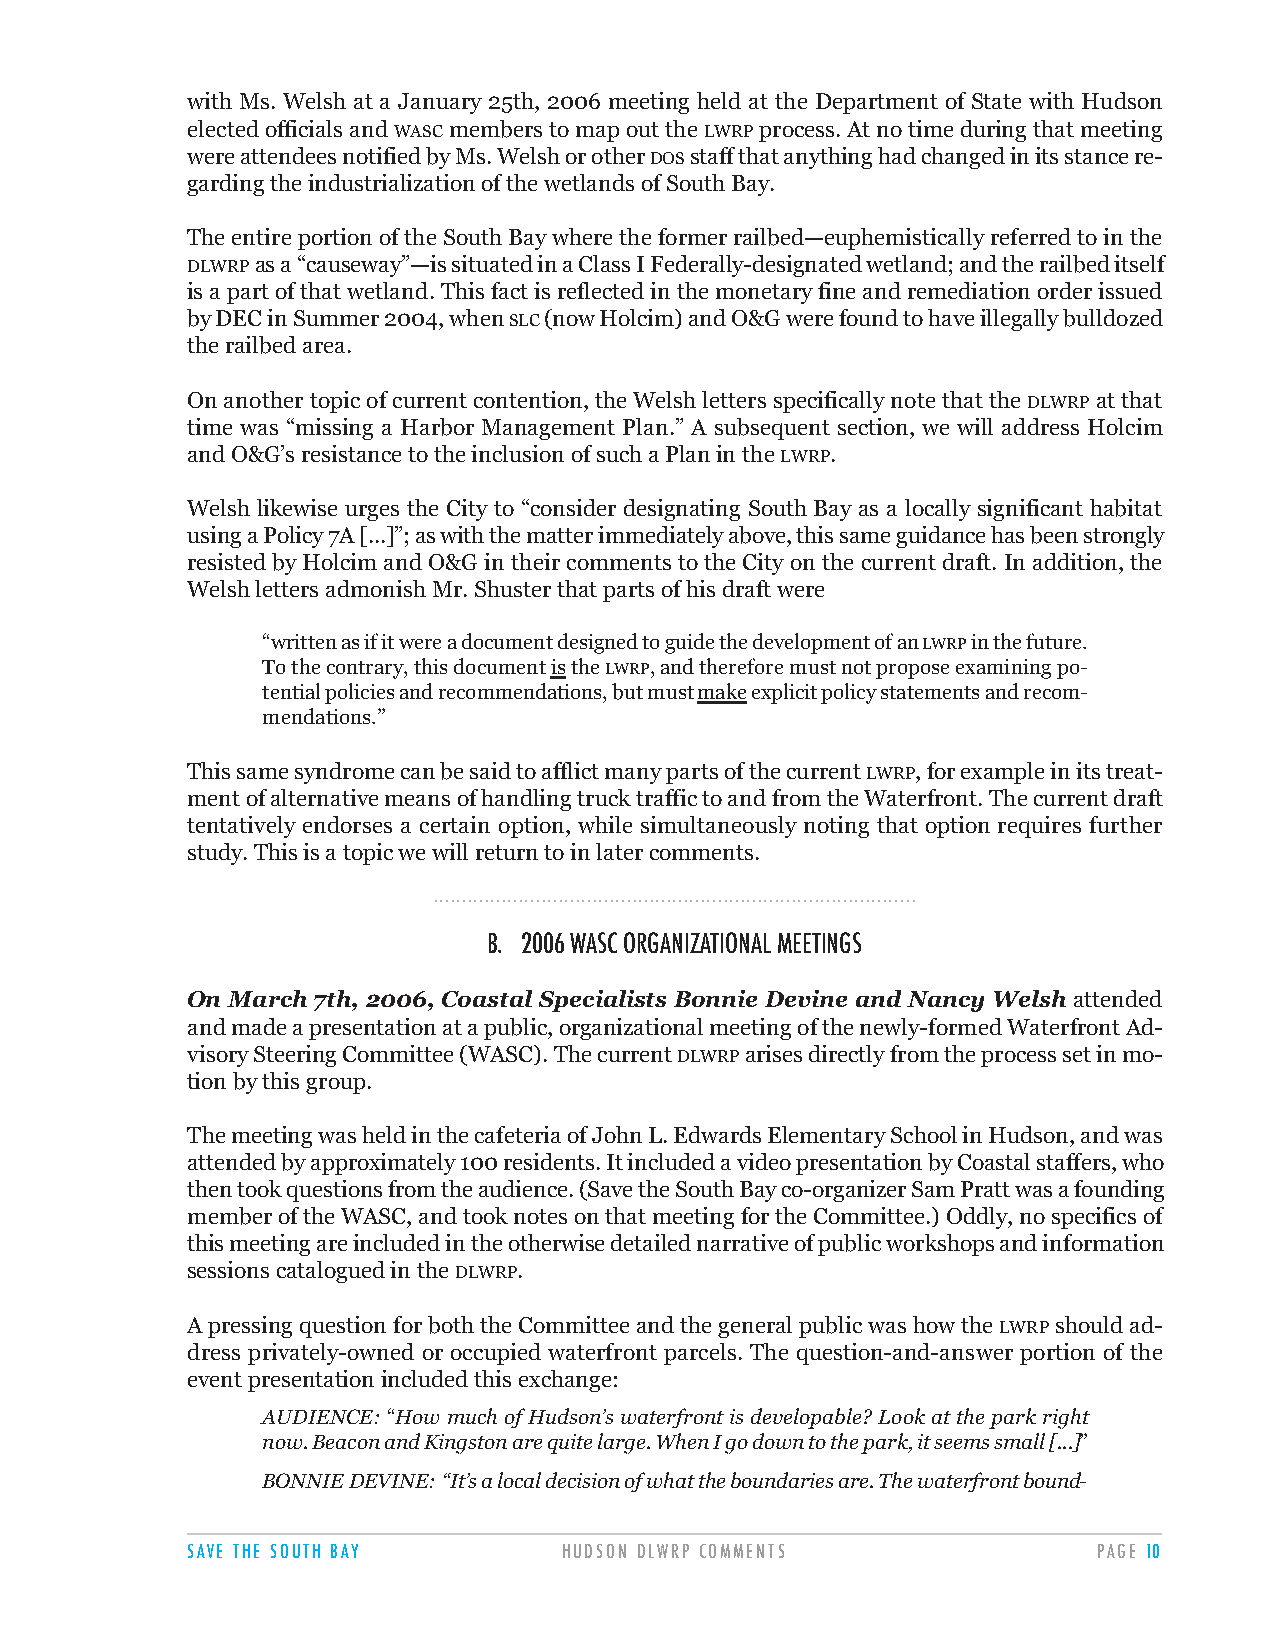
with Ms. Welsh at a January 25th, 2006 meeting held at the Department of State with Hudson
 elected officials andWASCmembers to map out the LWRPprocess. At no time during that meeting
 were attendees notified by Ms. Welsh or otherDOSstaff that anything had changed in its stance re-
 garding the industrialization of the wetlands of South Bay.
 The entire portion of the South Bay where the former railbed—euphemistically referred to in the
 DLWRPas a “causeway”—is situated in a Class I Federally-designated wetland; and the railbed itself
 is a part of that wetland. This fact is reflected in the monetary fine and remediation order issued
 by DEC in Summer 2004, whenSLC(now Holcim) and O&G were found to have illegally bulldozed
 the railbed area.
 On another topic of current contention, the Welsh letters specifically note that the DLWRPat that
 time was “missing a Harbor Management Plan.” A subsequent section, we will address Holcim
 and O&G’s resistance to the inclusion of such a Plan in the LWRP.
 Welsh likewise urges the City to “consider designating South Bay as a locally significant habitat
 using a Policy 7A [...]”; as with the matter immediately above, this same guidance has been strongly
 resisted by Holcim and O&G in their comments to the City on the current draft. In addition, the
 Welsh letters admonish Mr. Shuster that parts of his draft were
 “written as if it were a document designed to guide the development of an LWRPin the future.
 To the contrary, this document isthe LWRP,and therefore must not propose examining po-
 tential policies and recommendations, but must makeexplicit policy statements and recom-
 mendations.”
 This same syndrome can be said to afflict many parts of the current LWRP, for example in its treat-
 ment of alternative means of handling truck traffic to and from the Waterfront. The current draft
 tentatively endorses a certain option, while simultaneously noting that option requires further
 study. This is a topic we will return to in later comments.
 .....................................................................................
 B. 2006 WASC ORGANIZATIONAL MEETINGS
 On March 7th, 2006, Coastal Specialists Bonnie Devine and Nancy Welsh attended
 and made a presentation at a public, organizational meeting of the newly-formed Waterfront Ad-
 visory Steering Committee (WASC). The current DLWRParises directly from the process set in mo-
 tion by this group.
 The meeting was held in the cafeteria of John L. Edwards Elementary School in Hudson, and was
 attended by approximately 100 residents. It included a video presentation by Coastal staffers, who
 then took questions from the audience. (Save the South Bay co-organizer Sam Pratt was a founding
 member of the WASC, and took notes on that meeting for the Committee.) Oddly, no specifics of
 this meeting are included in the otherwise detailed narrative of public workshops and information
 sessions catalogued in the DLWRP.
 A pressing question for both the Committee and the general public was how the LWRPshould ad-
 dress privately-owned or occupied waterfront parcels. The question-and-answer portion of the
 event presentation included this exchange:
 AUDIENCE:“How much of Hudson’s waterfront is developable? Look at the park right
 now. Beacon and Kingston are quite large. When I go down to the park, it seems small [...]”
 BONNIE DEVINE: “It’s a local decision of what the boundaries are. The waterfront bound-
 SAVE THE SOUTH BAY       HUDSON DLWRP COMMENTS               PAGE 10